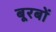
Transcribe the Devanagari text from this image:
बूरबों